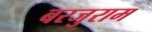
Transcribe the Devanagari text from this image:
बरजुराम